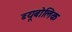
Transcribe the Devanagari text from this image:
ब्यूबोलिक